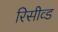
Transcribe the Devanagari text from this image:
रिसीव्ड